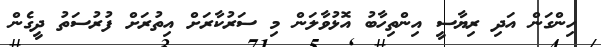
ހިންގަން އަދި ރިޔާސީ އިންތިހާބު އޮޅުވާލަން މި ސަރުކާރަށް އިތުރަށް ފުރުސަތު ދީގެން